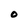
Character: O